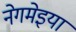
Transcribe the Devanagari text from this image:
नेगमेइया